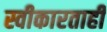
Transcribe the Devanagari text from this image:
स्वीकारताही